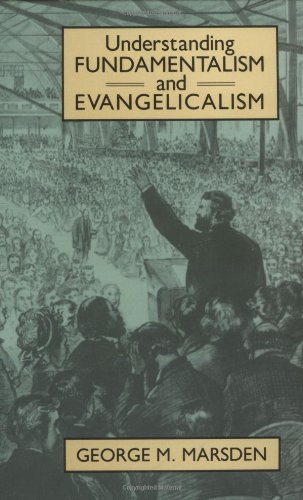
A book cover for Understanding Fundamentalism and Evangelicalism; George Marsden; Christian Books & Bibles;